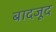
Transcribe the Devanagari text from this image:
बादजूद